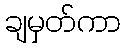
ချမှတ်ကာ